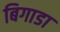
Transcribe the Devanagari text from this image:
बिगाडा